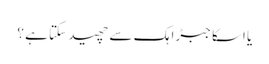
یا اسکا جبڑا ہک سے چھید سکتا ہے ؟